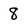
Character: 8